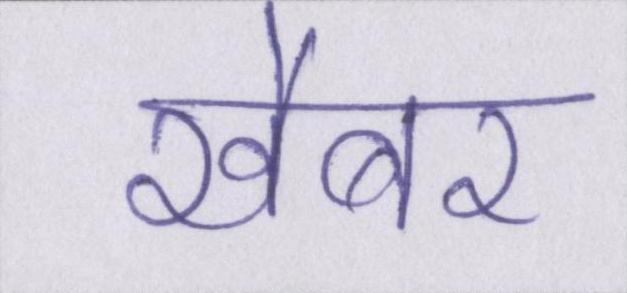
खैबर